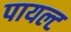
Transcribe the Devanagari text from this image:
पायल्ट